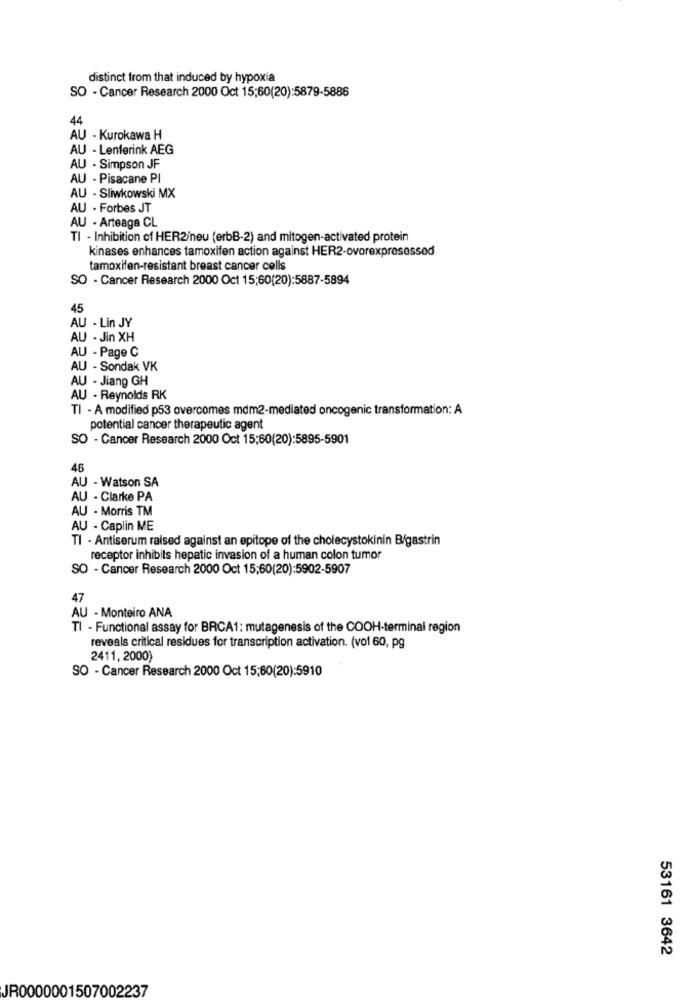
distinct from that induced by hypoxia
SO - Cancer Research 2000 Oct 15;60(20):5879-5886
44
AU - Kurokawa H
AU - Lenferink AEG
AU - Simpson JF
AU - Pisacane PI
AU - Sliwkowski MX
AU - Forbes JT
AU - Arteaga CL
TI - Inhibition of HER2/neu (erbB-2) and mitogen-activated protein
kinases enhances tamoxifen action against HER2-ovorexpresessed
tamoxifen-resistant breast cancer cells
SO - Cancer Research 2000 Oct 15;60(20):5887-5894
45
AU - Lin JY
AU - Jin XH
AU - Page C
AU - Sondak VK
AU - Jiang GH
AU - Reynolds RK
TI - A modified p53 overcomes mdm2-mediated oncogenic transformation: A
potential cancer therapeutic agent
SO - Cancer Research 2000 Oct 15;60(20):5895-5901
46
AU - Watson SA
AU - Clarke PA
AU - Morris TM
AU - Caplin ME
TI - Antiserum raised against an epitope of the cholecystokinin B/gastrin
receptor inhibits hepatic invasion of a human colon tumor
SO - Cancer Research 2000 Oct 15:60(20):5902-5907
47
AU - Monteiro ANA
TI - Functional assay for BRCA1: mutagenesis of the COOH-terminal region
reveals critical residues for transcription activation. (vol 60, pg
2411, 2000)
SO - Cancer Research 2000 Oct 15;60(20):5910
53161 3642
JR0000001507002237